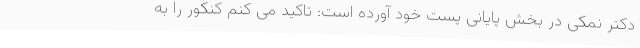
دکتر نمکی در بخش پایانی پست خود آورده است: تاکید می کنم کنکور را به